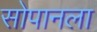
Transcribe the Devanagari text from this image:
सोपानला